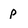
Character: p